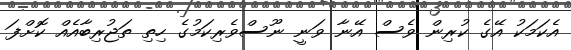
އެކަމަކު އޭގެ ކުރިން ވެސް އޭނާ ވަނީ ނޫސްވެރިކަމުގެ ހިތި ތަޖުރިބާއެއް ކޮށްފަ